DOW-UAP-D32, Mission Report, Syria, October 2024
Agency: Department of War
Incident date: 10/20/24
Incident location: Syria
Page 6
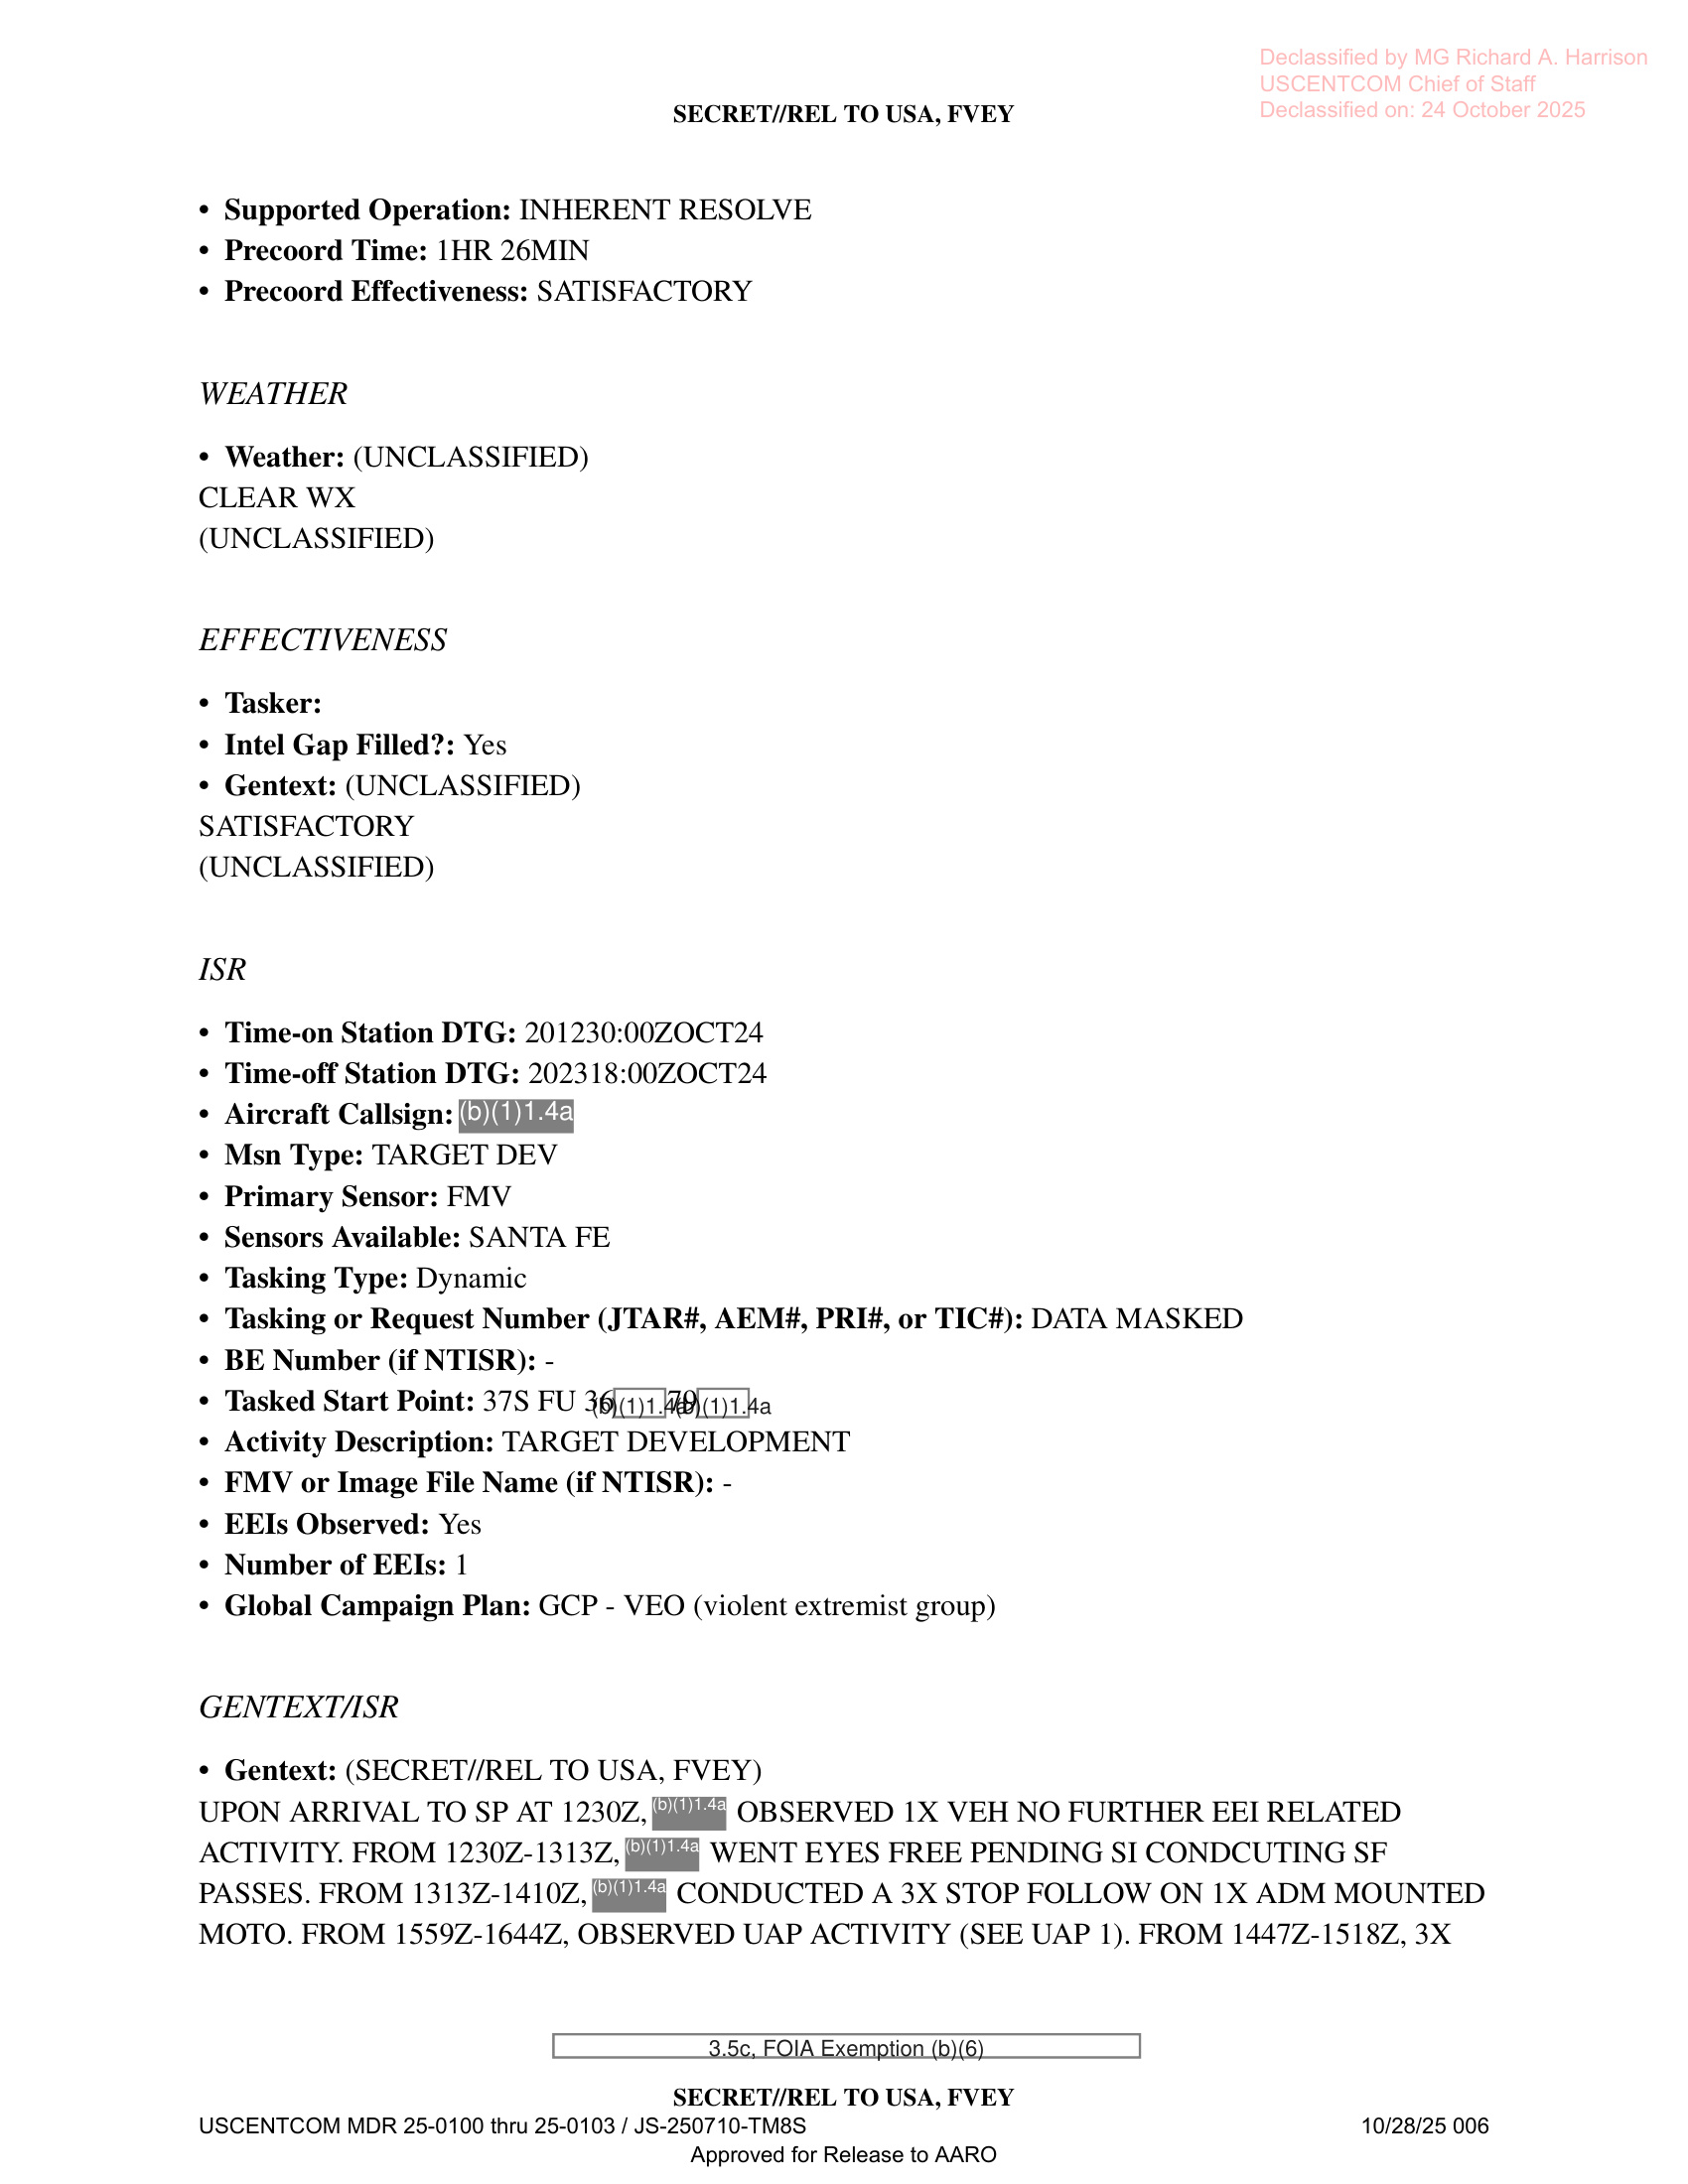